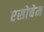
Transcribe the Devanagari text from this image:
एसोचेम